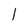
Character: 1